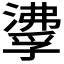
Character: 𰝌